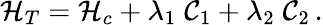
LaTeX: {\cal H}_{T}={\cal H}_{c}+\lambda_{1}\; {\cal C}_{1}+\lambda_{2}\; {\cal C}_{2}\, .